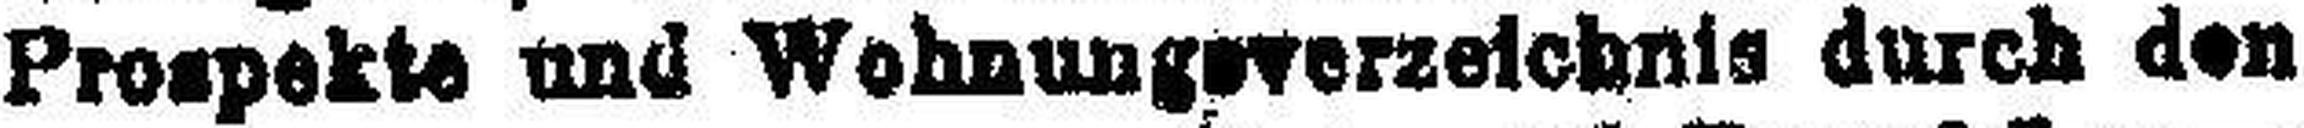
Prospekte und Wohnungsverzeichnis durch den